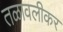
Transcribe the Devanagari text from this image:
तळावलीकर